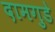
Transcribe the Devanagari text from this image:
दामगुडे